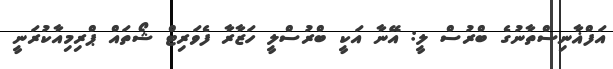
އަފްޣާނިސްތާނުގެ ބްރުސް ލީ: އޭނާ އަކީ ބްރުސްލީ ހަޒާރާ ފެވަރިޓް ޝޯތައް ޕްރިމިއާކުރަނީ